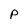
Character: p